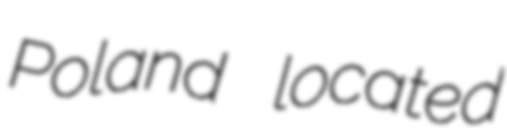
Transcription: Poland located